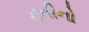
હતીનો